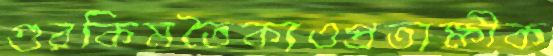
গুরকিমতৈক্যওপ্রত্যক্ষীক